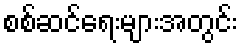
စစ်ဆင်ရေးများအတွင်း